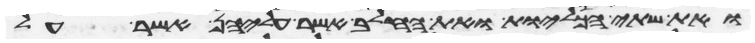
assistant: ואת שתי הכליות ואת החלב אשר עליהן אשר על